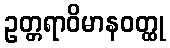
ဥတ္တရာဝိမာနဝတ္ထု